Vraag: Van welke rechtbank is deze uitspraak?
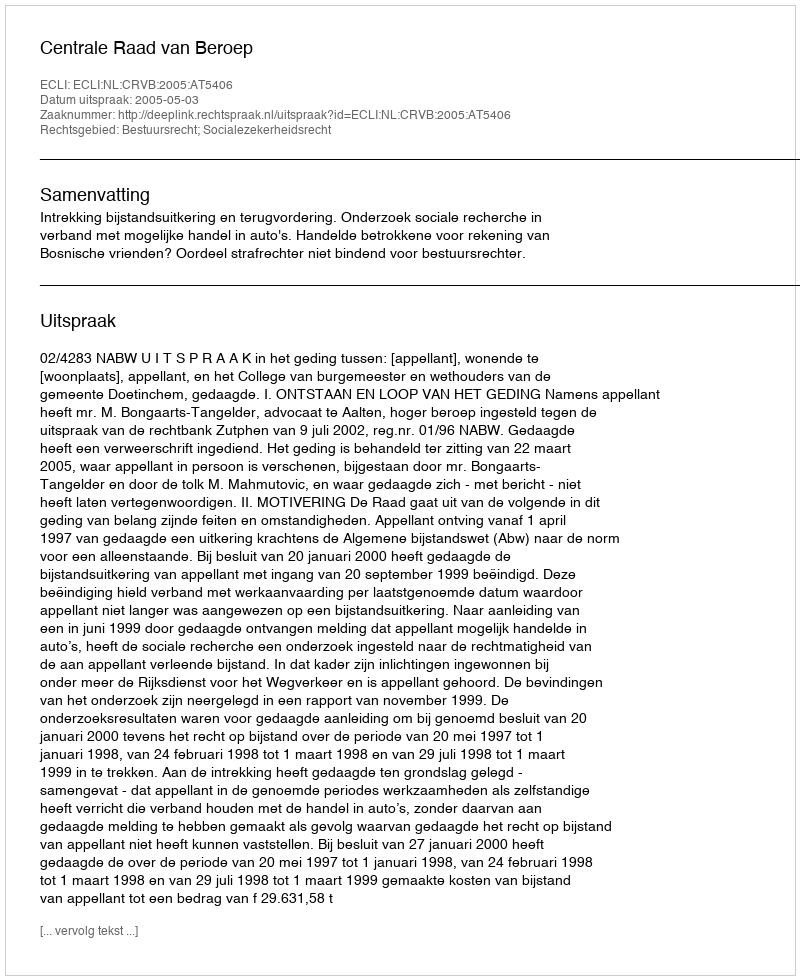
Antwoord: Centrale Raad van Beroep